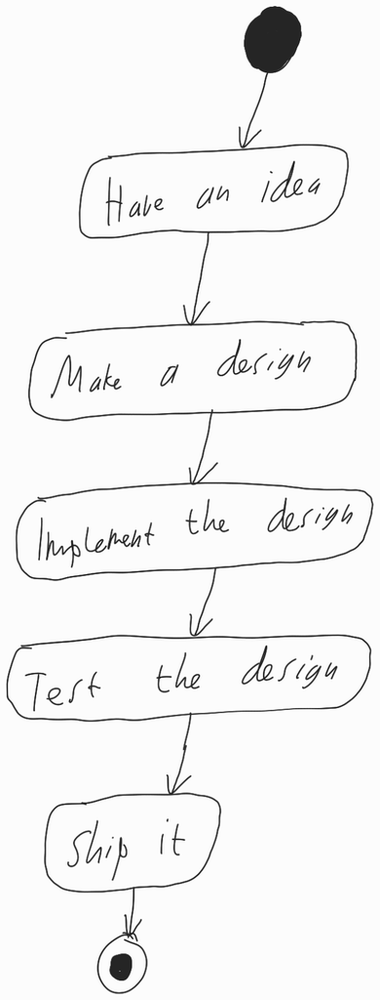
Diagram type: activity_diagram
```plantuml
@startuml

start

:Have an idea;

:Make a design;

:Implement the design;

:Test the design;

:Ship it;

stop

@enduml
```